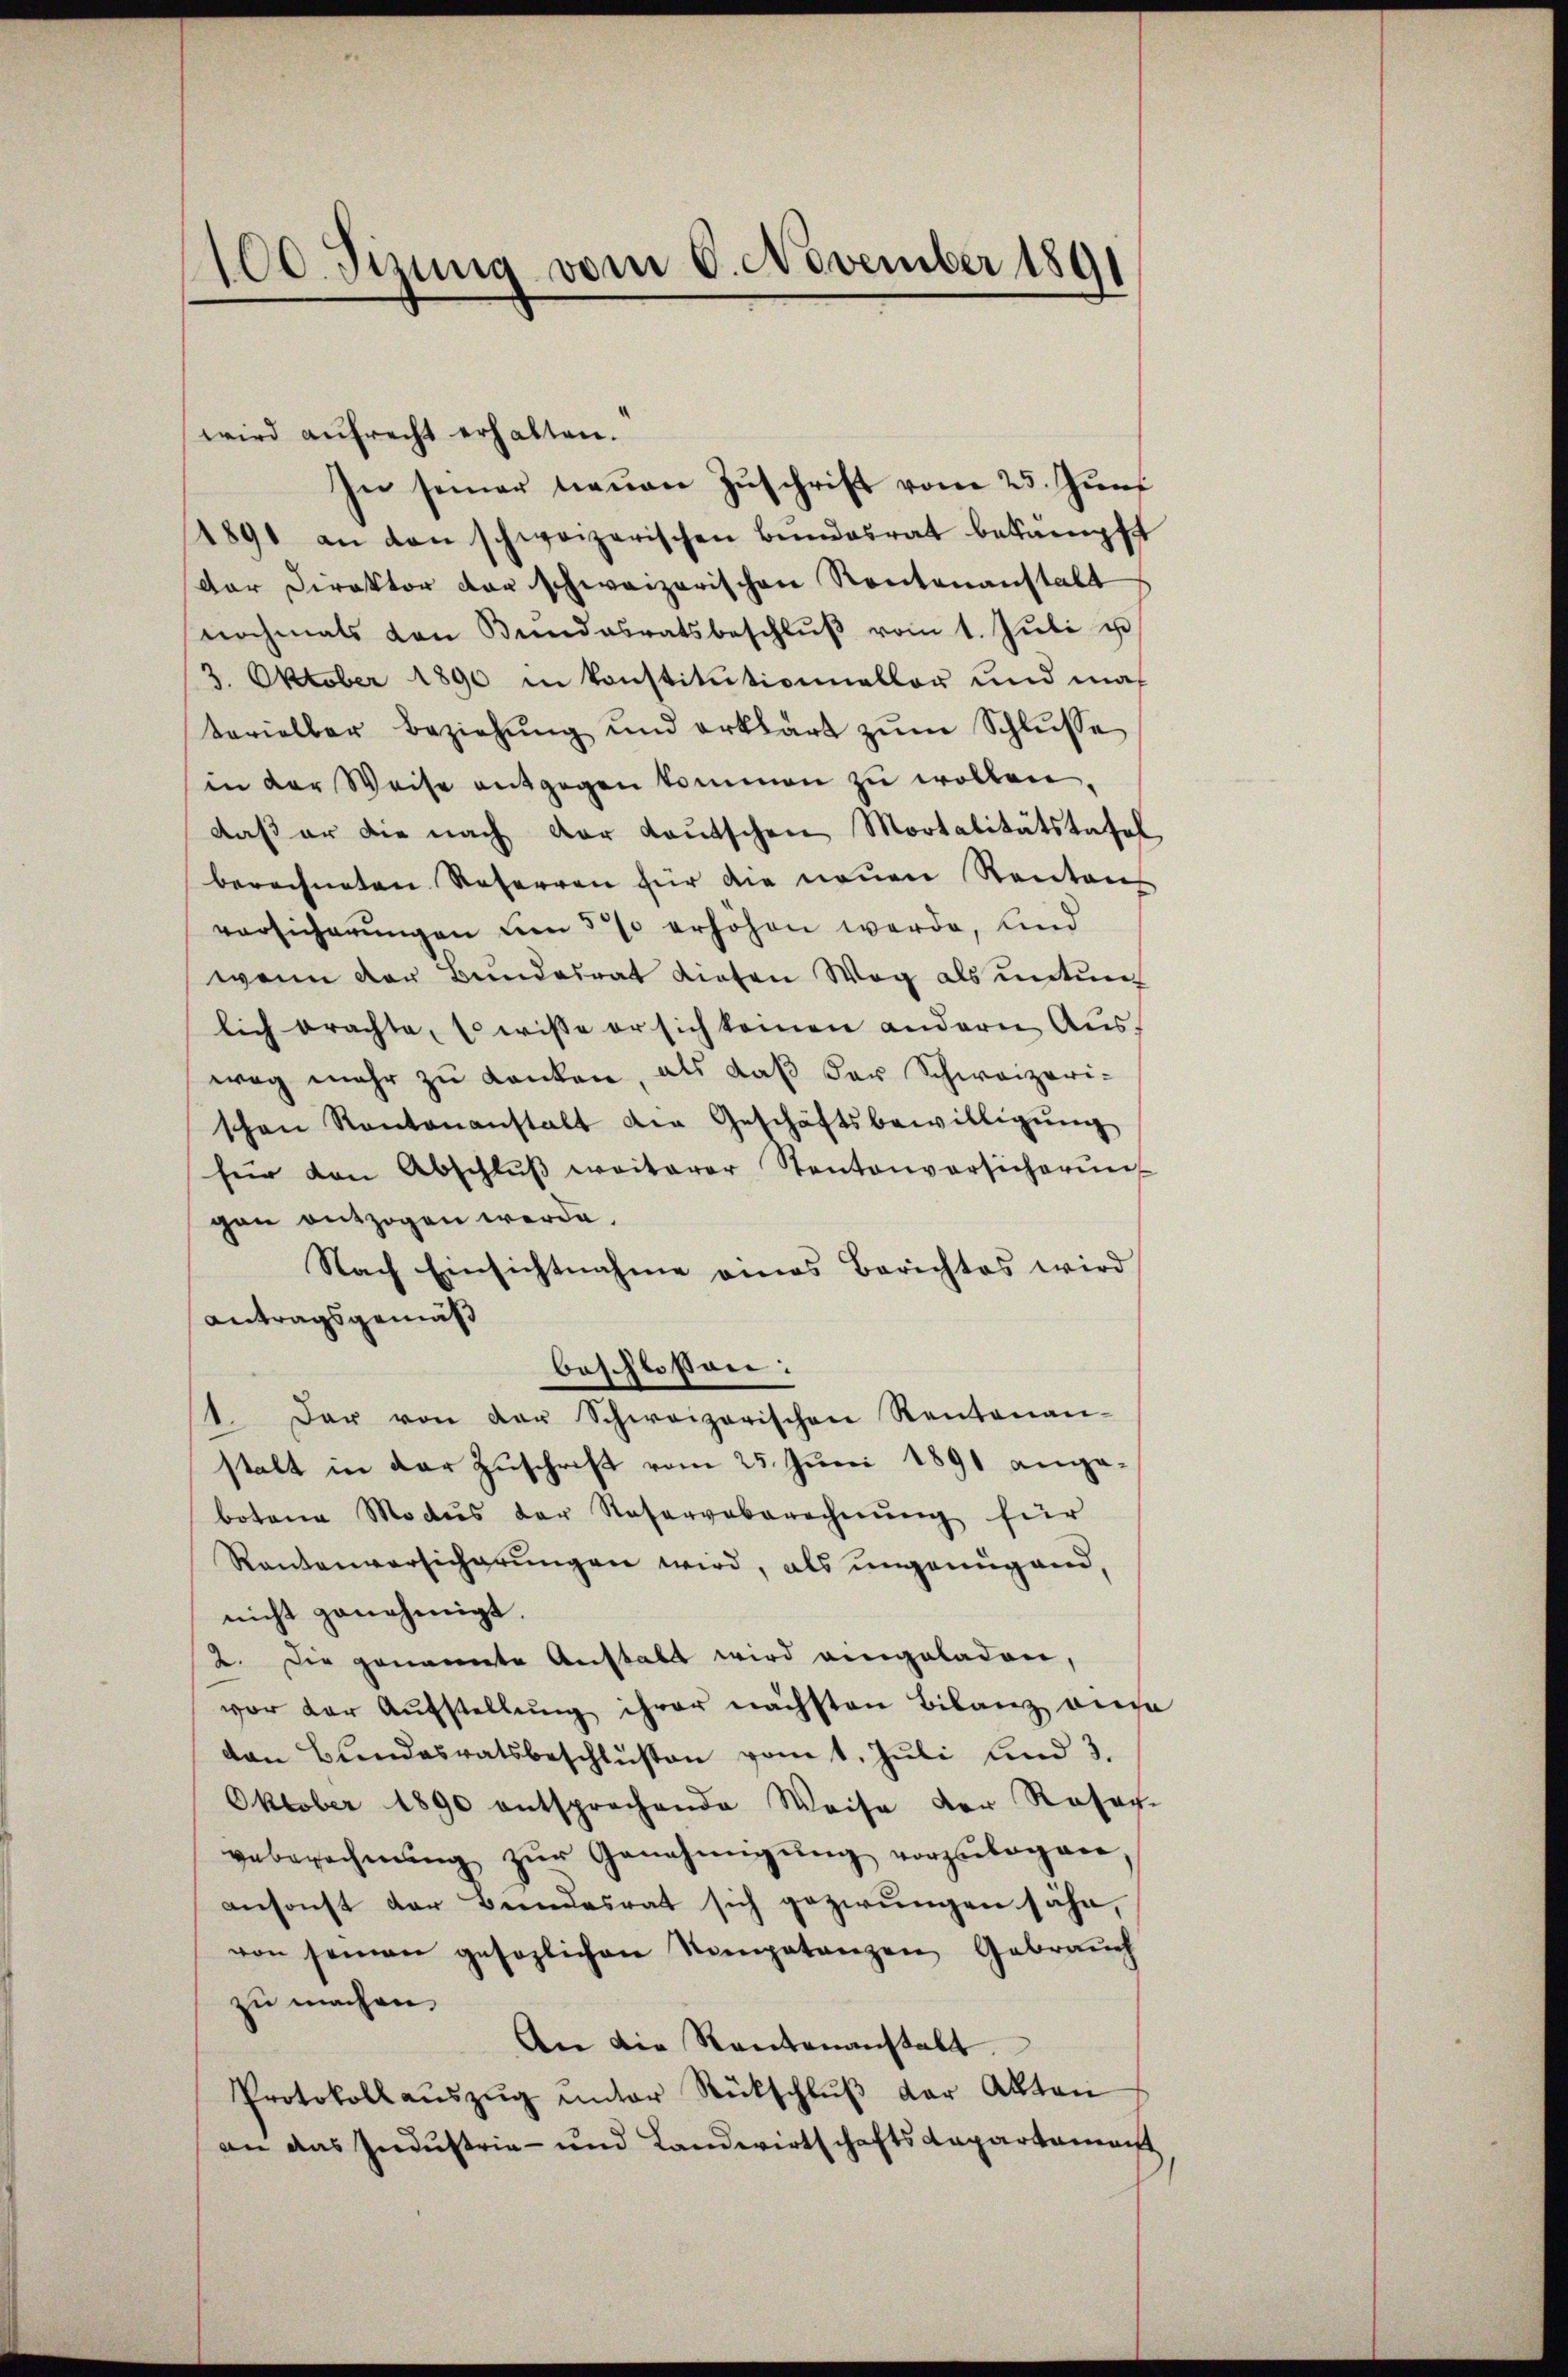
1100. Sitzung vom 6. November 1891

wird aufrecht erhalten.
In seiner neŭen Zŭschrift vom 23. Juni
1891 an den schweizerischen Bŭndesrat bekämpft
der Direktor der schweizerischen Routenanstalt
nochmals von Bundesratsbeschlŭβ vom 1. Jŭli u
3. Oktober 1890 in konstitutionneller und maß
terieller Beziehŭng und erklärt zŭm Schlŭsse
in der Weise entgegen kommen zŭ wollen,
daß er die nach der Lautschen Mortalitätstafel,
berechneten Referren für die neuen Rentens
vorsicherŭngen um 5 % erhöhen werde, sind
wenn der Bŭndesrat diesen Weg als ŭntŭn
lich brachte, so wisse er sich keinen andern Aŭs-
weg mehr zu danken, als daß der Schweizeri-
schen Kantonanstalt die Geschäftsbewilligŭng
für den Abschlŭβ weiterer Stantenversicherŭng
gen entzogen werde.
Nach Einsichtnahme eines Berichtes wird
Antragsgemäß
beschlossen:
1. Der von der Schweizerischen Rentenan-
stalt in der Zuschrift vom 25. Juni 1891 angebotene Modus der Reservaberechnŭng für
Rantenversicherungen wird, als ungenügend,
nicht genehmigt.
2. Die genannte Anstals wird eingeladen,
vor der Aufstellung ihrer nächsten Bilanz aus
ton Bundesratsbeschlüßen vom 1. Juli und 3.
Oktober 1890 entsprochende Weise der Rosen-
veberechnŭng zŭr Genehmigŭng vorzubogen,
ansonst der Bundesrat sich gezwungen sähe,
von seinen gesezlichen Nompetenzen Gebrauch
zu machen.
An die Rautenanstalt
Protokollaŭszŭg ŭnter Rückschlŭβ der Akten
an das Industria- und Landwirtschaftsdepartement